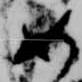
如